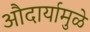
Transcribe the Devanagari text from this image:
औदार्यामुळे